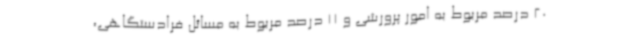
20 درصد مربوط به امور پرورشی و 11 درصد مربوط به مسائل فرادستگاهی،